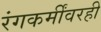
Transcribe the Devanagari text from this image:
रंगकर्मींवरही